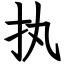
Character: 执